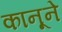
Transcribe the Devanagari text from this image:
कानूने